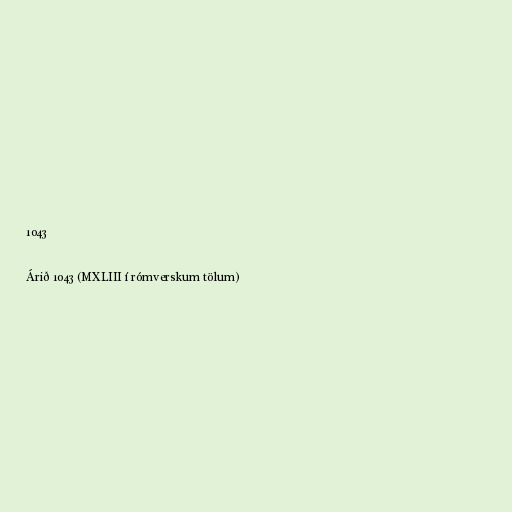
1043

Árið 1043 (MXLIII í rómverskum tölum)